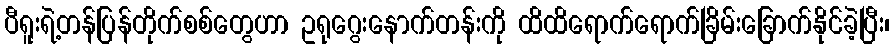
ပီရူးရဲ့တန်ပြန်တိုက်စစ်တွေဟာ ဥရုဂွေးနောက်တန်းကို ထိထိရောက်ရောက်ခြိမ်းခြောက်နိုင်ခဲ့ပြီး၊